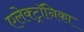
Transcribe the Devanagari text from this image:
एलेक्ट्रॉनिका